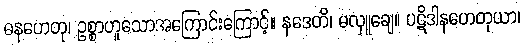
ဓနဟေတု၊ ဥစ္စာဟူသောအကြောင်းကြောင့်။ နဒေတိ၊ မလှူချေ။ ပဋိဒါနဟေတုယာ၊